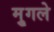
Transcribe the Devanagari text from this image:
मु्गले